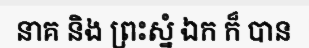
នាគ និង ព្រះស្នំ ឯក ក៏ បាន